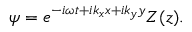
\psi = e ^ { - i \omega t + i k _ { x } x + i k _ { y } y } Z ( z ) .